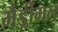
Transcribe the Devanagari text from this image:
मैड्रीगल